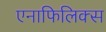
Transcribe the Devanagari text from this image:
एनाफिलिक्स